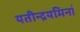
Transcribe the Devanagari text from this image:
यतीन्द्रयमिनां